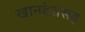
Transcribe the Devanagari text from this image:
खानदेशसह